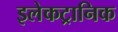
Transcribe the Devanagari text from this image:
इलेकट्रानिक